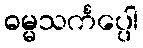
ဓမ္မသင်္ကပ္ပေါ